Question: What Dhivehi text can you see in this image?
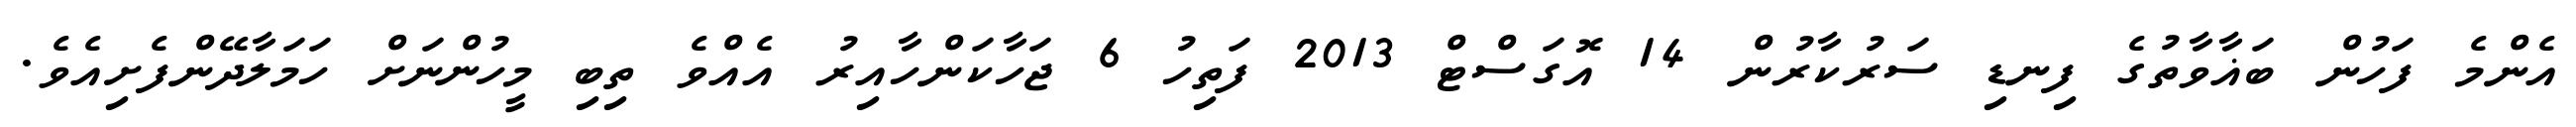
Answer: އެންމެ ފަހުން ބަޣާވާތުގެ ފިނޑި ސަރުކާރުން 14 އޮގަސްޓް 2013 ފަތިހު 6 ޖަހާކަންހާއިރު އެއްވެ ތިބި މީހުންނަށް ހަމަލާދޭންފެށިއެވެ.